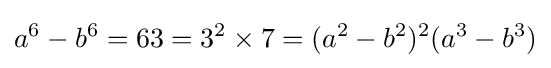
a^{6}-b^{6}=63=3^{2}\times 7=(a^{2}-b^{2})^{2}(a^{3}-b^{3})